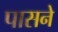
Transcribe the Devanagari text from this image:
पासने